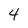
Character: 4